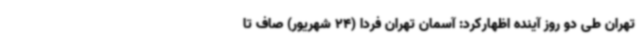
تهران طی دو روز آینده اظهارکرد: آسمان تهران فردا (24 شهریور) صاف تا